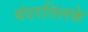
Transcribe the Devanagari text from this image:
बंदरतिलके